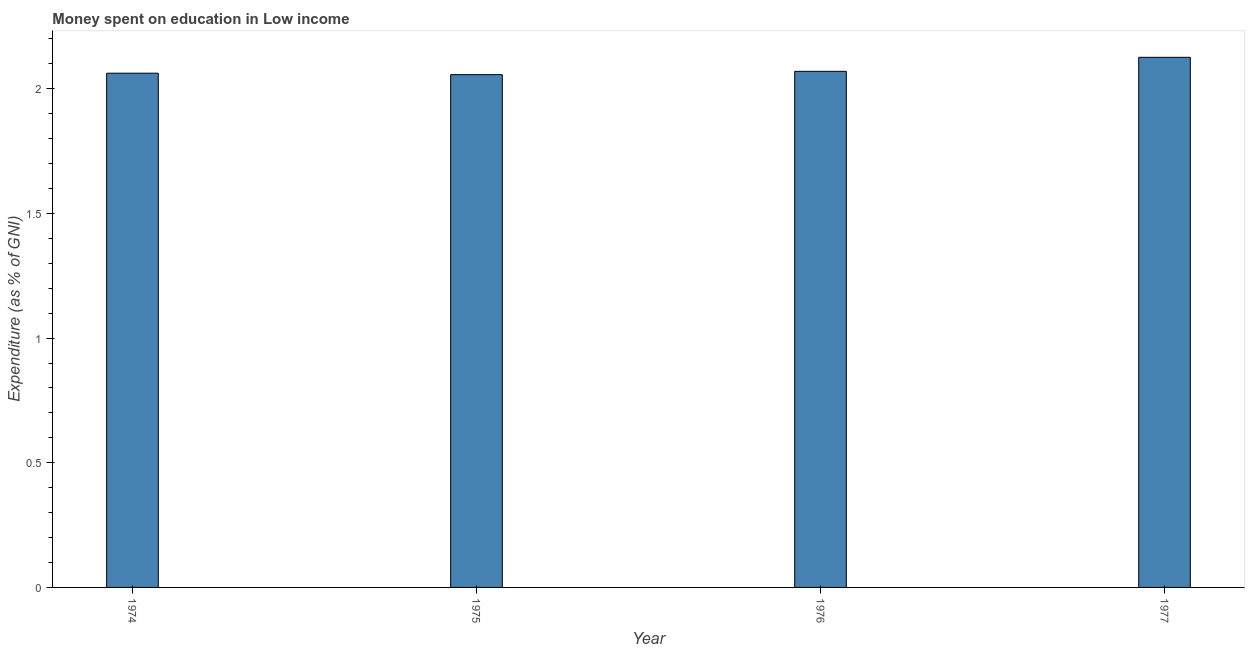
| Year | Education expenditure |
 | --- | --- |
 | 1974 | 2.06 |
 | 1975 | 2.06 |
 | 1976 | 2.07 |
 | 1977 | 2.13 |